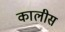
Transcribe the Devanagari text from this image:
कालीस